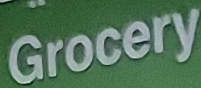
Grocery